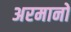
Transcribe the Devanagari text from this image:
अरमानो